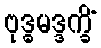
ဗုဒ္ဓမဒ္ဒက္ခိံ